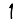
Digit: 1